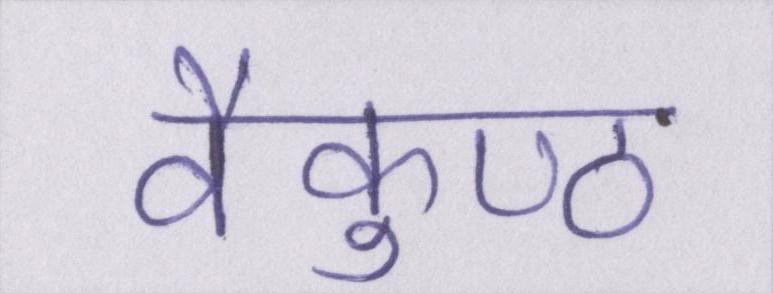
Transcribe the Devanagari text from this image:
वैकुण्ठ